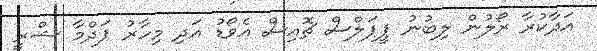
އަދާކުރާ ރޯލުން ލިބުނު ޕީޕަލްސް ޗޮއިސް އެވޯޑު އަދި މިހާރު ޕަދްމާ ޝްރީ